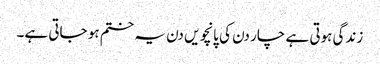
زندگی ہوتی ہے چار دن کی پانچویں دن یہ ختم ہو جاتی ہے۔